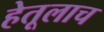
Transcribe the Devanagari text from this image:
हेतूलाच